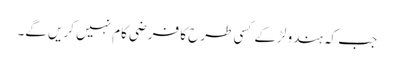
جب کہ ہندو لڑکے کسی طرح کا فرضی کام نہیں کریں گے۔